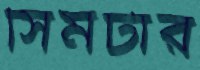
সিমটার